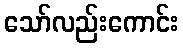
သော်လည်းကောင်း